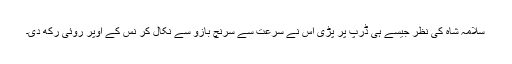
سلامہ شاہ کی نظر جیسے ہی ڈرپ پر پڑی اس نے سرعت سے سرنچ بازو سے نکال کر نس کے اوپر روئی رکھ دی۔